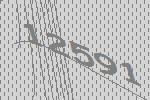
12591